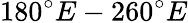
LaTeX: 180^{\circ}E-260^{\circ}E